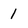
Character: 1